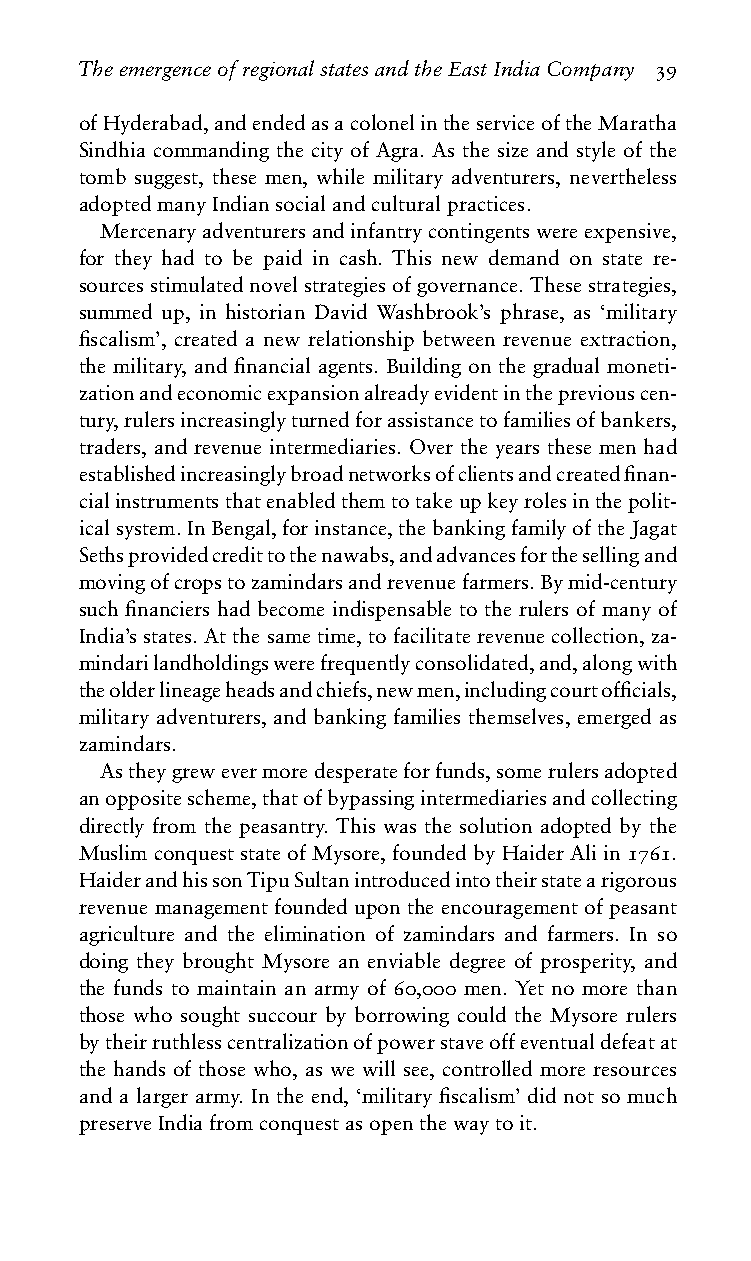
TheemergenceofregionalstatesandtheEastIndiaCompany 39
 ofHyderabad,andendedasacolonelintheserviceoftheMaratha
 Sindhia commanding the city of Agra. As the size and style of the
 tomb suggest, these men, while military adventurers, nevertheless
 adoptedmanyIndiansocialandculturalpractices.
 Mercenaryadventurersandinfantrycontingentswereexpensive,
 for they had to be paid in cash. This new demand on state re-
 sourcesstimulatednovelstrategiesofgovernance.Thesestrategies,
 summed up, in historian David Washbrook’s phrase, as ‘military
 fiscalism’, created a new relationship between revenue extraction,
 the military, and financial agents. Building on the gradual moneti-
 zationandeconomicexpansionalreadyevidentinthepreviouscen-
 tury,rulersincreasinglyturnedforassistancetofamiliesofbankers,
 traders, and revenue intermediaries. Over the years these men had
 establishedincreasinglybroadnetworksofclientsandcreatedfinan-
 cialinstrumentsthatenabledthemtotakeupkeyrolesinthepolit-
 icalsystem.InBengal,forinstance,thebankingfamilyoftheJagat
 Sethsprovidedcredittothenawabs,andadvancesforthesellingand
 movingofcropstozamindarsandrevenuefarmers.Bymid-century
 such financiers had become indispensable to the rulers of many of
 India’sstates.Atthesametime,tofacilitaterevenuecollection,za-
 mindarilandholdingswerefrequentlyconsolidated,and,alongwith
 theolderlineageheadsandchiefs,newmen,includingcourtofficials,
 military adventurers, and banking families themselves, emerged as
 zamindars.
 Astheygrewevermoredesperateforfunds,somerulersadopted
 anoppositescheme,thatofbypassingintermediariesandcollecting
 directly from the peasantry. This was the solution adopted by the
 Muslim conquest state of Mysore, founded by Haider Ali in 1761.
 HaiderandhissonTipuSultanintroducedintotheirstatearigorous
 revenue management founded upon the encouragement of peasant
 agriculture and the elimination of zamindars and farmers. In so
 doing they brought Mysore an enviable degree of prosperity, and
 the funds to maintain an army of 60,000 men. Yet no more than
 those who sought succour by borrowing could the Mysore rulers
 bytheirruthlesscentralizationofpowerstaveoffeventualdefeatat
 the hands of those who, as we will see, controlled more resources
 and a larger army. In the end, ‘military fiscalism’ did not so much
 preserveIndiafromconquestasopenthewaytoit.